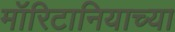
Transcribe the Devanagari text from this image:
मॉरिटानियाच्या